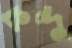
কন্দু